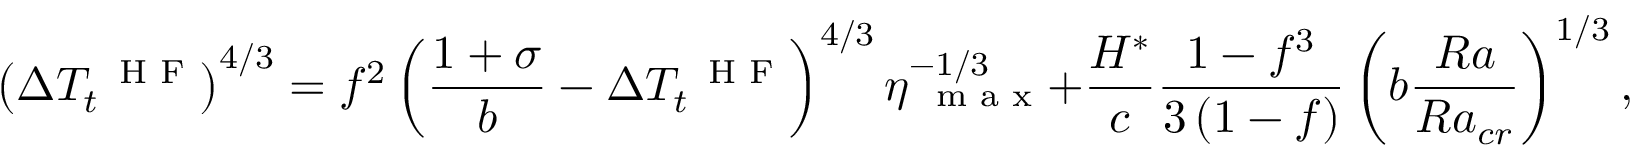
\left( \Delta T _ { t } ^ { \mathrm { ~ \scriptsize ~ H ~ F ~ } } \right) ^ { 4 / 3 } = f ^ { 2 } \left( \frac { 1 + \sigma } { b } - \Delta T _ { t } ^ { \mathrm { ~ \scriptsize ~ H ~ F ~ } } \right) ^ { 4 / 3 } \eta _ { \mathrm { ~ \scriptsize ~ m ~ a ~ x ~ } } ^ { - 1 / 3 } + \frac { H ^ { * } } { c } \frac { 1 - f ^ { 3 } } { 3 \left( 1 - f \right) } \left( b \frac { R a } { R a _ { c r } } \right) ^ { 1 / 3 } ,